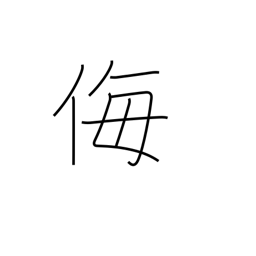
Meaning: scorn